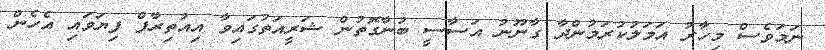
ނަމަވެސް މިހާރު އަމަލުކުރަމުންދާ ގާނޫނު އަސާސީ ބުނާގޮތުން ޝަރީއަތުގައިވާ އިއުތިރާފް ފިޔަވައި އެހެން